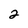
Character: 2